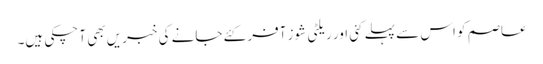
عاصم کو اس سے پہلے کئی اور ریلٹی شوز آفر کئے جانے کی خبریں بھی آ چکی ہیں۔